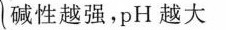
碱性越强，pH越大